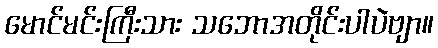
မောင်မင်းကြီးသား သဘောအတိုင်းပါပဲဗျာ။